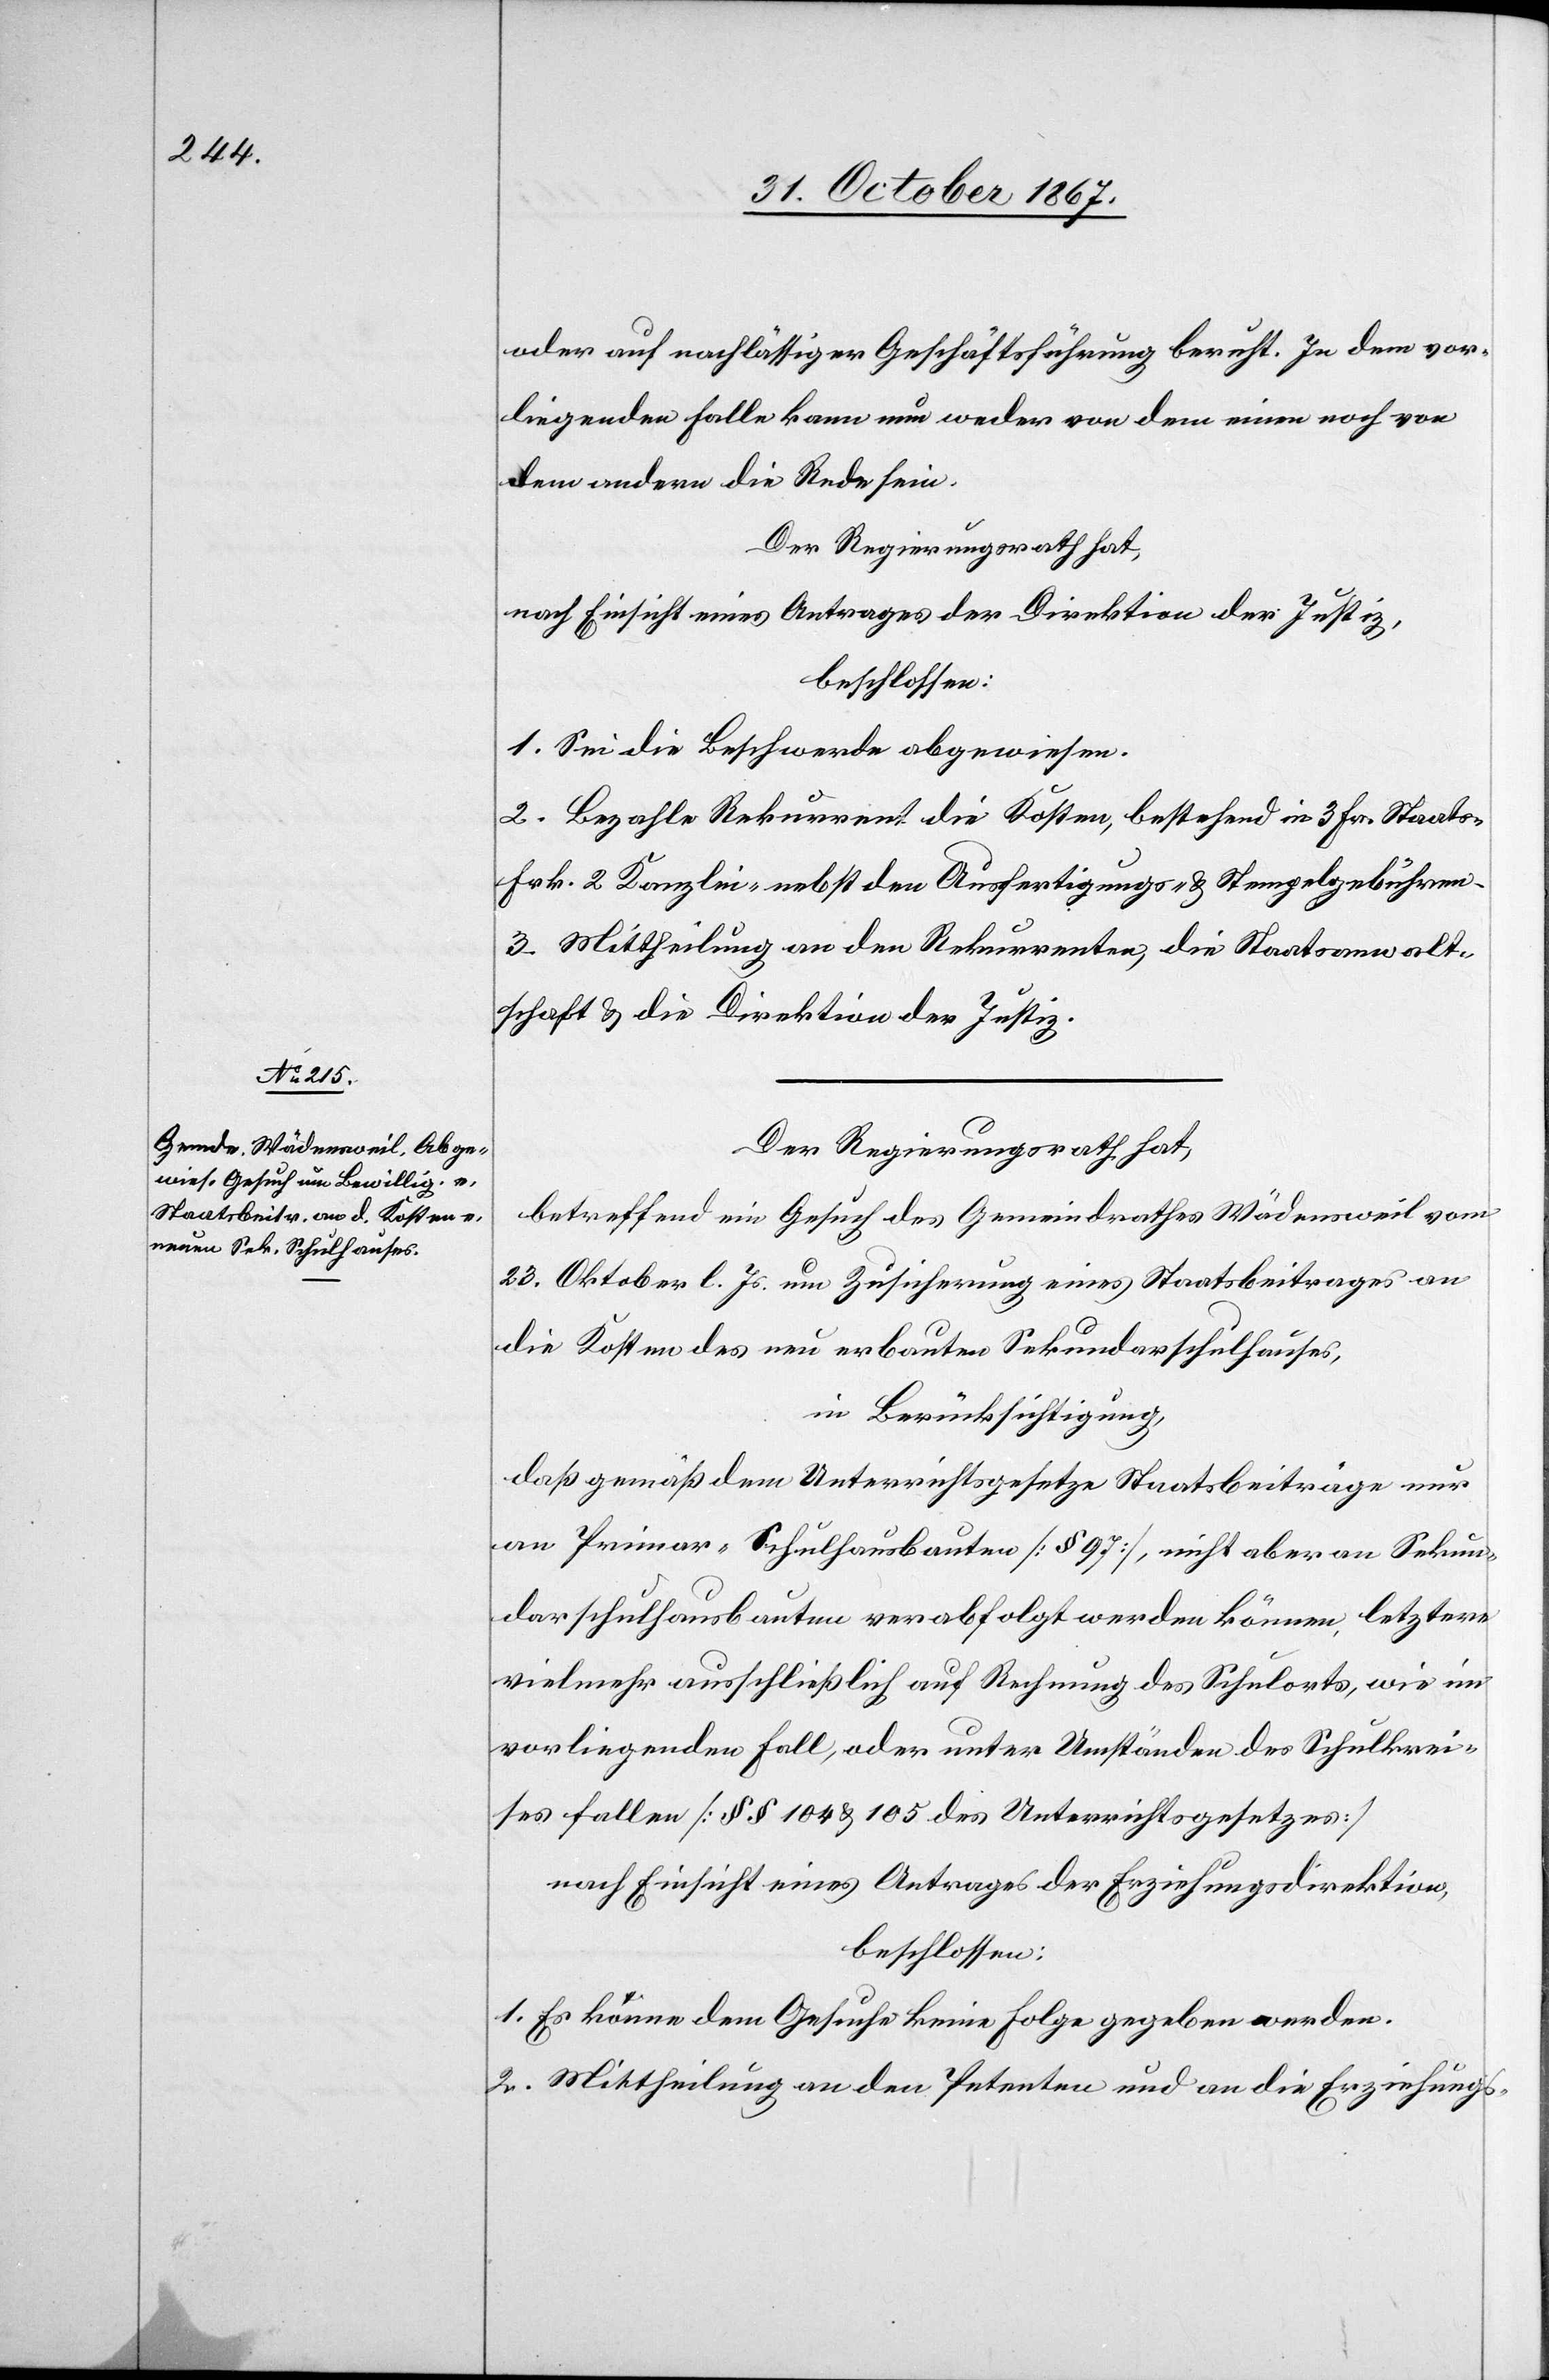
oder auf nachlässiger Geschäftsführung beruht. In dem vor¬
liegenden Falle kann nun weder von dem einen noch von
dem andern die Rede sein.
Der Regierungsrath hat,
nach Einsicht eines Antrages der Direktion der Justiz,
beschlossen:
1. Sei die Beschwerde abgewiesen.
2. Bezahle Rekurrent die Kosten, bestehend in 3 Fr. Staats-[,]
Frk. 2 Kanzlei- nebst den Ausfertigungs- und Stempelgebühren.
3. Mittheilung an den Rekurrenten, die Staatsanwalt¬
schaft u. die Direktion der Justiz.
Der Regierungsrath hat,
betreffend ein Gesuch des Gemeindrathes Wädensweil vom
23. Oktober l. Js. um Zusicherung eines Staatsbeitrages an
die Kosten des neu erbauten Sekundarschulhauses,
in Berücksichtigung,
daß gemäß dem Unterrichtsgesetze Staatsbeiträge nur
an Primar-Schulhausbauten [§ 97], nicht aber an Sekun¬
darschulhausbauten verabfolgt werden können, letztere
vielmehr ausschließlich auf Rechnung des Schulorts, wie im
vorliegenden Fall, oder unter Umständen des Schulkrei¬
ses fallen [§ § 104 u. 105 des Unterrichtsgesetzes]
nach Einsicht eines Antrages der Erziehungsdirektion,
beschlossen:
1. Es könne dem Gesuche keine Folge gegeben werden.
2. Mittheilung an den Petenten und an die Erziehungs-